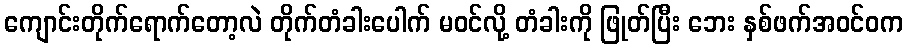
ကျောင်းတိုက်ရောက်တော့လဲ တိုက်တံခါးပေါက် မဝင်လို့ တံခါးကို ဖြုတ်ပြီး ဘေး နှစ်ဖက်အဝင်ဝက